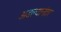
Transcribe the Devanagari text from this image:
अडल्यानंतर